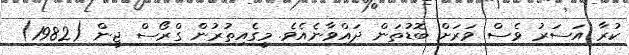
ކުރާ އަސަރު ވެސް ވަރަށް ބޮޑުތަން ދައްވާނެއެވެ. މީގެއިތުރުން ގްރޯސް ޖީން (1982)